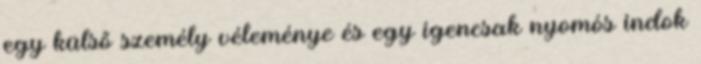
egy külső személy véleménye és egy igencsak nyomós indok